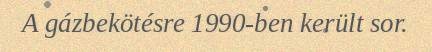
A gázbekötésre 1990-ben került sor.